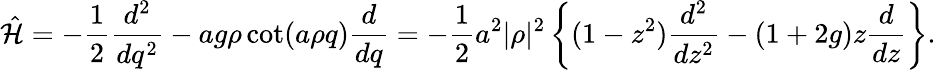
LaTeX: \hat{\cal H}=-{\frac{1}{2}}{\frac{d^{2}}{dq^{2}}}-ag\rho\cot(a\rho q){\frac{d}{dq}}=-{\frac{1}{2}}a^{2}|\rho|^{2}\left\{ (1-z^{2}){\frac{d^{2}}{dz^{2}}}-(1+2g)z{\frac{d}{dz}}\right\} .